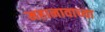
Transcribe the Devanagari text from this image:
महानावाच्या